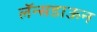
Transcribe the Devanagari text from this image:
लॅन्सडाऊन